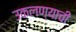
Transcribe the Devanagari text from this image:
उकलण्याची